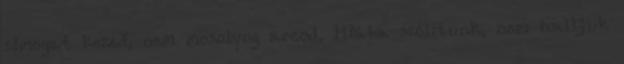
simogat kezed, nem mosolyog arcod, Hiába szólítunk, nem halljuk